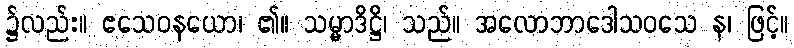
၌လည်း။ ဧသေဝနယော၊ ၏။ သမ္မာဒိဋ္ဌိ၊ သည်။ အလောဘာဒေါသဝသေ န၊ ဖြင့်။